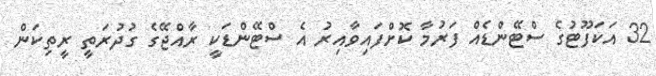
32 އަކަފޫޓުގެ ސްޓޭންޑެއް ފަރުމާ ކޮށްފައިވާއިރު އެ ސްޓޭންޑަކީ ރާއްޖޭގެ ގުދުރަތީ ރީތިކަން